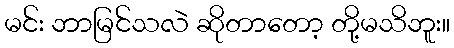
မင်း ဘာမြင်သလဲ ဆိုတာတော့ တို့မသိဘူး။